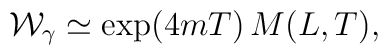
{\cal W}_{\gamma}\simeq \exp(4mT)\,M(L,T),